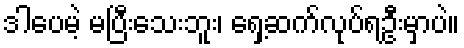
ဒါပေမဲ့ မပြီးသေးဘူး၊ ရှေ့ဆက်လုပ်ရဦးမှာပဲ။